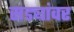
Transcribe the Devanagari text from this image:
सड्यांवर